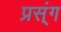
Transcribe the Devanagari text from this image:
प्रस्ंग